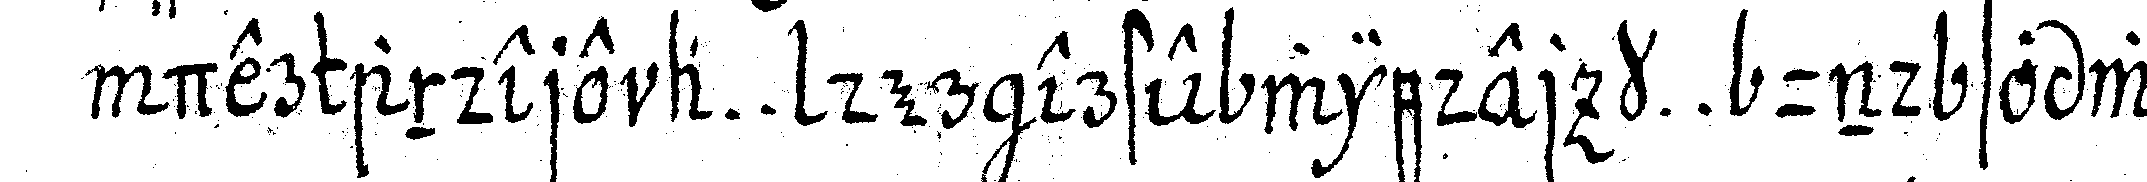
der andere a . . der erste wieder k . . und so wei